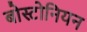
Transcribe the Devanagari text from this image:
बोस्टोनियन